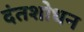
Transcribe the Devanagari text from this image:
दंतशोधन